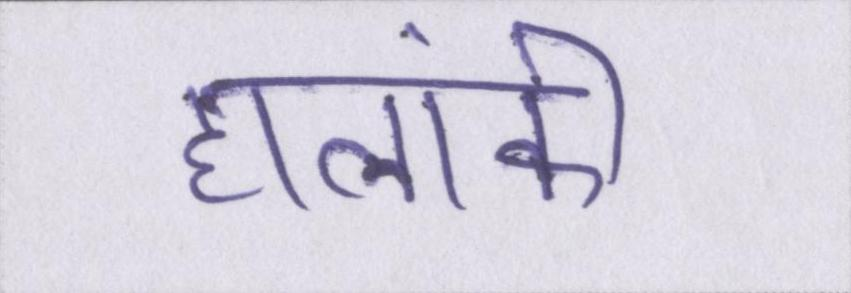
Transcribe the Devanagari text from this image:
हालांकी